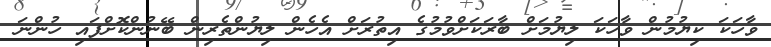
ވާހަކަ ކިޔުމުން ވާހަކަ ލިޔުމަށް ބާރަކަށްވުމުގެ އިތުރަށް އެހެން ލިޔުންތެރިން ބޭނުންކޮށްފައި ހުންނަ